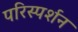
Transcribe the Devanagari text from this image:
परिस्‍पर्शन